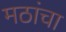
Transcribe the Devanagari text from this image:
मठांचा